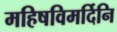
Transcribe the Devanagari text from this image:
महिषविमर्दिनि